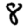
Digit: 8